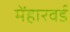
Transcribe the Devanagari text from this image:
मेंहारवर्ड